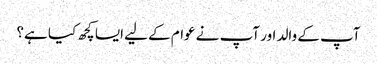
آپ کے والد اور آپ نے عوام کے لیے ایسا کچھ کیا ہے؟